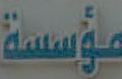
مؤسسة